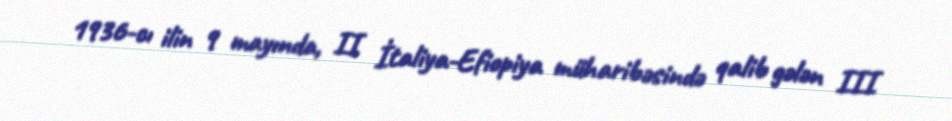
1936-cı ilin 9 mayında, II İtaliya-Efiopiya müharibəsində qalib gələn III